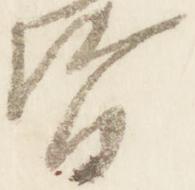
督